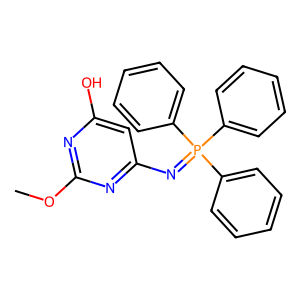
SMILES: COc1nc(O)cc(N=P(c2ccccc2)(c2ccccc2)c2ccccc2)n1
Inhibits HIV replication: No